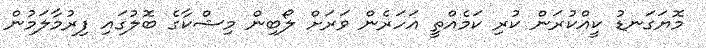
މޮޔަގަނޑު ކީއްކުރަން ކުރި ކަމެއްތީ އަހަރެން ވަރަށް ލޯބިން މިޝްކާގެ ބޮލުގައި ފިރުމާލަމުން